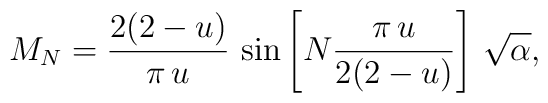
M_{N}=\frac{2(2-u)}{\pi\,u}\,\sin\left[N \frac{\pi\,u}{2(2-u)}\right]\, \sqrt{\alpha},